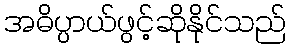
အဓိပ္ပာယ်ဖွင့်ဆိုနိုင်သည်